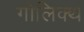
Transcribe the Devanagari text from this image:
गोलिक्थ